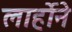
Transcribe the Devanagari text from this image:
लार्होने